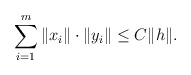
\begin{align*}\sum_{i=1}^m\|x_i\|\cdot \|y_i\|\leq C\|h\|.\end{align*}